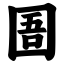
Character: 圄